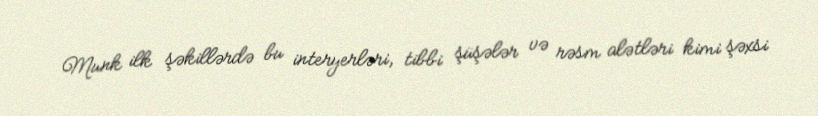
Munk ilk şəkillərdə bu interyerləri, tibbi şüşələr və rəsm alətləri kimi şəxsi